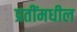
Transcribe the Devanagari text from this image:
प्रतींमधील